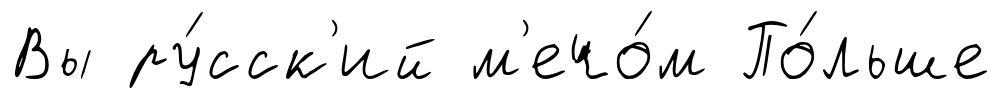
Вы ру́сск'ий м'ечо́м По́льше